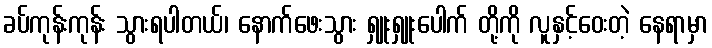
ခပ်ကုန်းကုန်း သွားရပါတယ်၊ နောက်ဖေးသွား ရှူးရှူးပေါက် တို့ကို လူနှင့်ဝေးတဲ့ နေရာမှာ